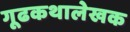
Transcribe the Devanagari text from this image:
गूढकथालेखक